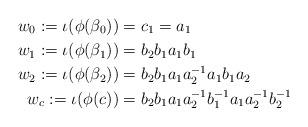
LaTeX: \begin{align*}w_{0}:= \iota(\phi(\beta_{0})) &= c_{1} = a_{1} \\w_{1}:= \iota(\phi(\beta_{1})) &= b_{2}b_{1}a_{1}b_{1} \\w_{2}:= \iota(\phi(\beta_{2})) &= b_{2}b_{1}a_{1}a_{2}^{-1}a_{1}b_{1}a_{2}\\w_{c}:= \iota(\phi(c)) &= b_{2}b_{1}a_{1}a_{2}^{-1}b_{1}^{-1}a_{1}a_{2}^{-1}b_{2}^{-1}\end{align*}